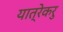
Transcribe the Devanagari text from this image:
यात्रेकरु